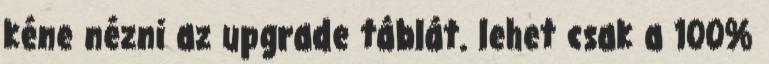
kéne nézni az upgrade táblát. lehet csak a 100%